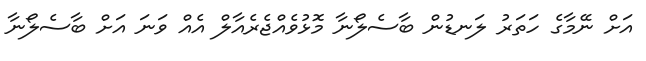
އަށް ނޭމާގެ ހަތަރު ލަނޑުން ބާސެލޯނާ މޮޅުވެއްޖެރެއާލް އެއް ވަނަ އަށް ބާސެލޯނާ